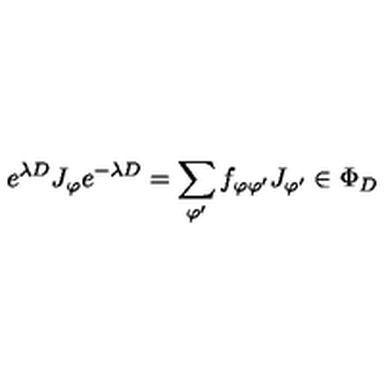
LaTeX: e ^ { \lambda D } J _ { \varphi } e ^ { - \lambda D } = \sum _ { \varphi ^ { \prime } } f _ { \varphi \varphi ^ { \prime } } J _ { \varphi ^ { \prime } } \in \Phi _ { D }